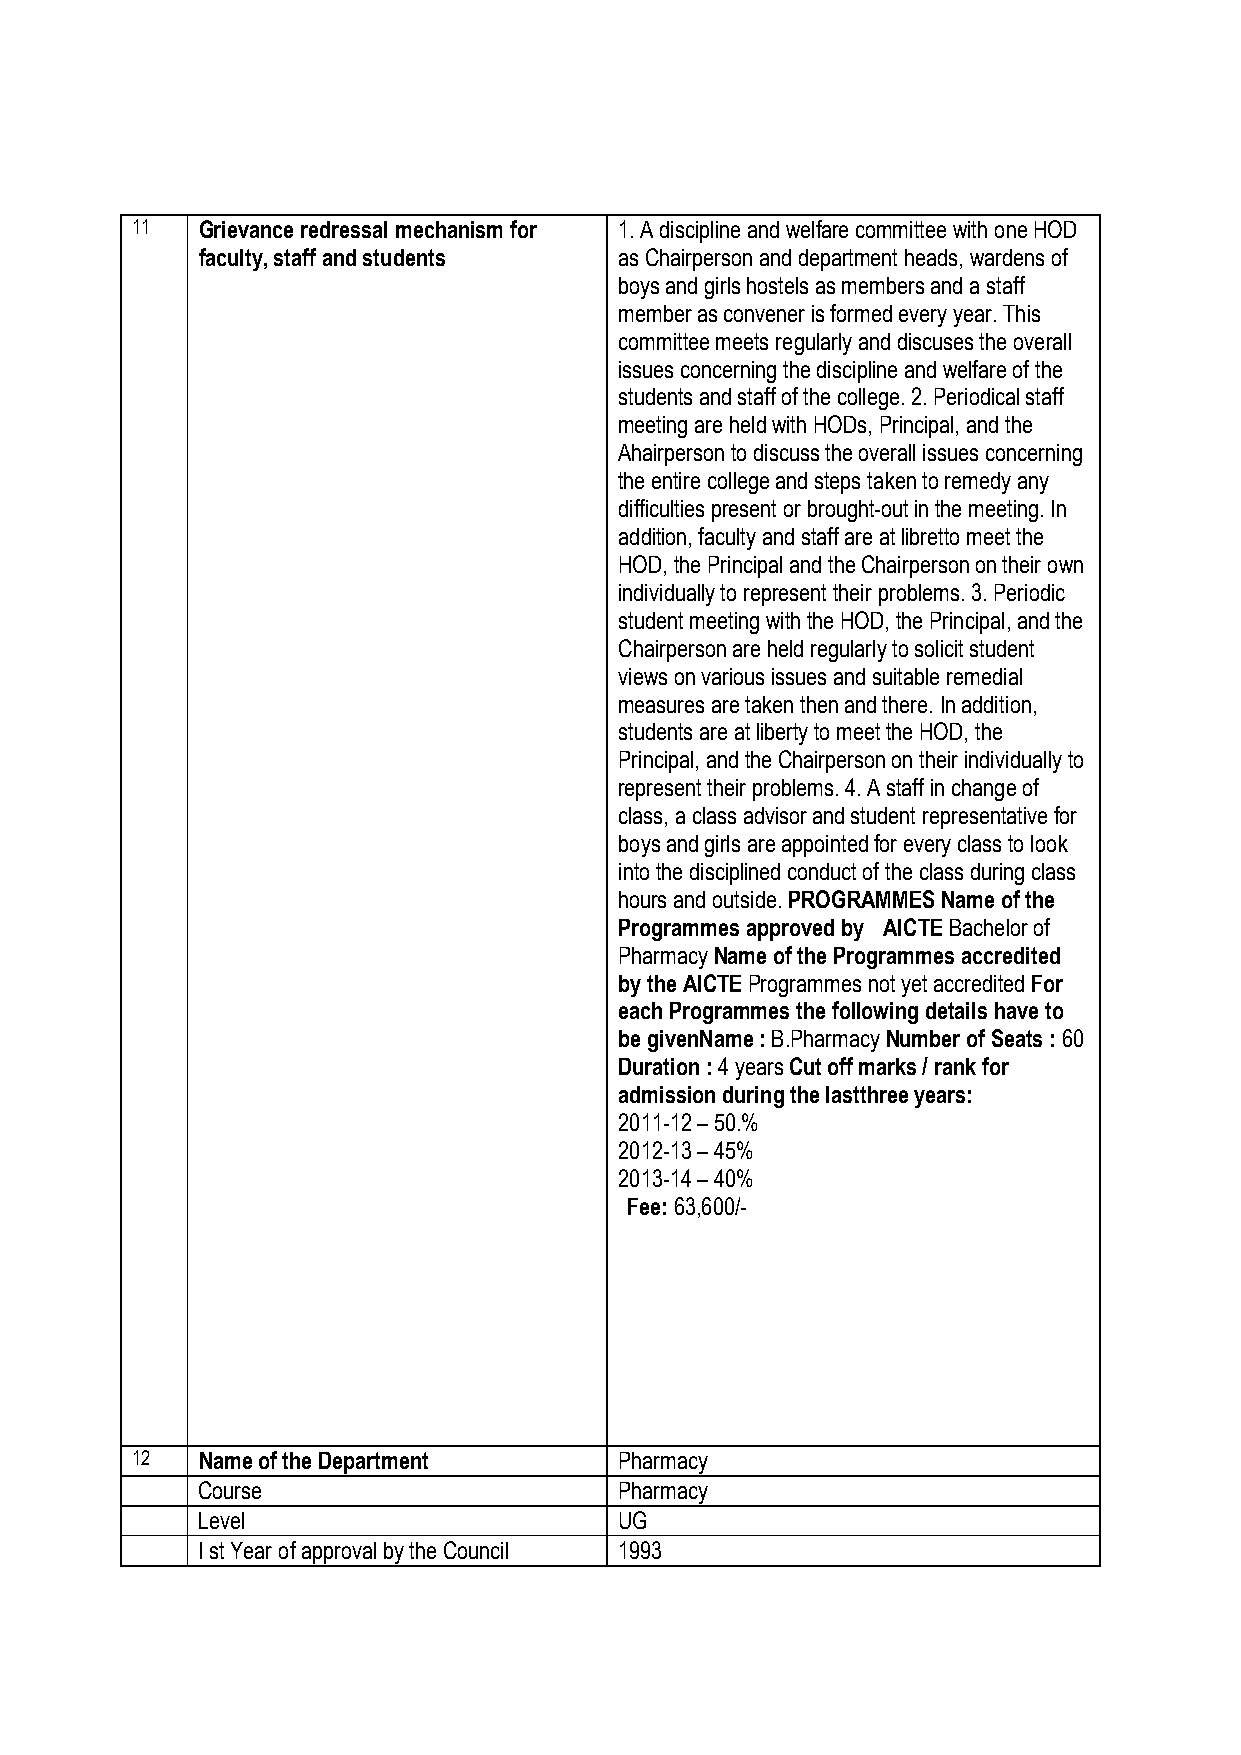
11  Grievance redressal mechanism for 1. A discipline and welfare committee with one HOD
 faculty, staff and students as Chairperson and department heads, wardens of
 boys and girls hostels as members and a staff
 member as convener is formed every year. This
 committee meets regularly and discuses the overall
 issues concerning the discipline and welfare of the
 students and staff of the college. 2. Periodical staff
 meeting are held with HODs, Principal, and the
 Ahairperson to discuss the overall issues concerning
 the entire college and steps taken to remedy any
 difficulties present or brought-out in the meeting. In
 addition, faculty and staff are at libretto meet the
 HOD, the Principal and the Chairperson on their own
 individually to represent their problems. 3. Periodic
 student meeting with the HOD, the Principal, and the
 Chairperson are held regularly to solicit student
 views on various issues and suitable remedial
 measures are taken then and there. In addition,
 students are at liberty to meet the HOD, the
 Principal, and the Chairperson on their individually to
 represent their problems. 4. A staff in change of
 class, a class advisor and student representative for
 boys and girls are appointed for every class to look
 into the disciplined conduct of the class during class
 hours and outside. PROGRAMMES Name of the
 Programmes approved by AICTE Bachelor of
 Pharmacy Name of the Programmes accredited
 by the AICTE Programmes not yet accredited For
 each Programmes the following details have to
 be givenName : B.Pharmacy Number of Seats : 60
 Duration : 4 years Cut off marks / rank for
 admission during the lastthree years:
 2011-12 – 50.%
 2012-13 – 45%
 2013-14 – 40%
 Fee: 63,600/-
 12  Name of the Department      Pharmacy
 Course                      Pharmacy
 Level                       UG
 I st Year of approval by the Council 1993